Sketch of the medical history of the native army of Bombay, for the year
Year: 1872
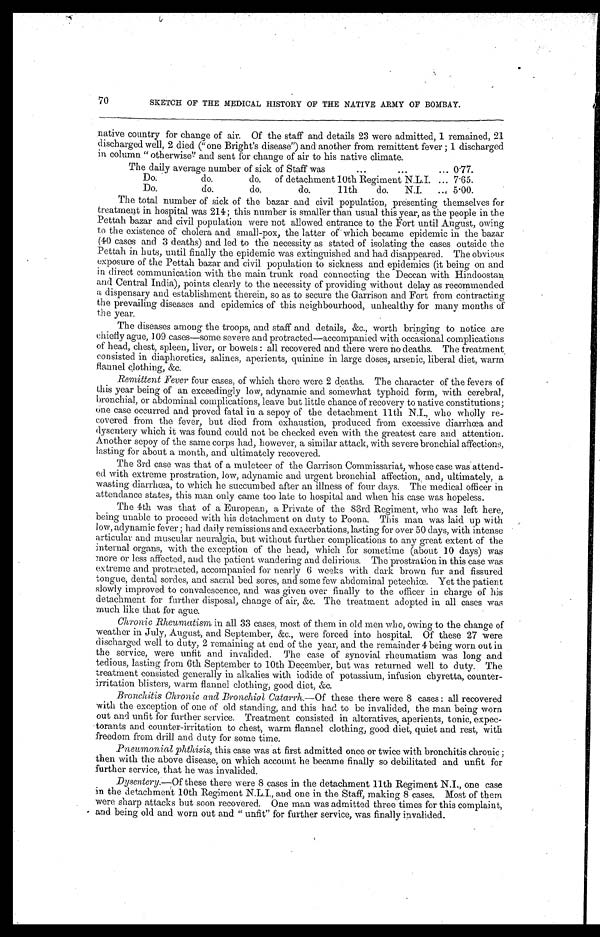
70
SKETCH OF THE MEDICAL HISTORY OF THE NATIVE ARMY OF BOMBAY.
native country for change of air. Of the staff and details 23 were admitted, 1 remained, 21
discharged well, 2 died ("one Bright's disease") and another from remittent fever; 1 discharged
in column "otherwise" and sent for change of air to his native climate.
The daily average number of sick of Staff was
. . .
. . .
... 0.77.
Do.
do. do. of detachment 10th Regiment N.L.I. ... 7.65.
Do.
do.
do.
do.
11th
do. N.I. ... 5.00.
The total number of sick of the bazar and civil population, presenting themselves for
treatment in hospital was 214; this number is smaller than usual this year, as the people in the
Pettah bazar and civil population were not allowed entrance to the Fort until August, owing
to the existence of cholera and small-pox, the latter of which became epidemic in the bazar
(40 cases and 3 deaths) and led to the necessity as stated of isolating the cases outside the
Pettah in huts, until finally the epidemic was extinguished and had disappeared. The obvious
exposure of the Pettah bazar and civil population to sickness and epidemics (it being on and
in direct communication with the main trunk road connecting the Deccan with Hindoostan
and Central India), points clearly to the necessity of providing without delay as recommended
a dispensary and establishment therein, so as to secure the Garrison and Fort from contracting
the prevailing diseases and epidemics of this neighbourhood, unhealthy for many months of
the year.
The diseases among the troops, and staff and details, &c., worth bringing to notice are
chiefly ague, 109 cases—some severe and protracted—accompanied with occasional complications
of head, chest, spleen, liver, or bowels: all recovered and there were no deaths. The treatment,
consisted in diaphoretics, salines, aperients, quinine in large doses, arsenic, liberal diet, warm
flannel clothing, &c.
Remittent Fever four cases, of which there were 2 deaths. The character of the fevers of
t h i s y e a r b e i n g o f a n e x c e e d i n g l y l o w , a d y n a mi c a n d s o me w h a t t y p h o i d f o r m, w i t h c e r e b r a l ,
bronchial, or abdominal complications, leave but little chance of recovery to native constitutions;
one case occurred and proved fatal in a sepoy of the detachment 11th N.I., who wholly re-
covered from the fever, but died from exhaustion, produced from excessive diarrhœa and
dysentery which it was found could not be checked even with the greatest care and attention.
Another sepoy of the same corps had, however, a similar attack, with severe bronchial affections,
lasting for about a month, and ultimately recovered.
The 3rd case was that of a muleteer of the Garrison Commissariat, whose case was attend-
ed with extreme prostration, low, adynamic and urgent bronchial affection, and, ultimately, a
wasting diarrhœa, to which he succumbed after an illness of four days. The medical officer in
attendance states, this man only came too late to hospital and when his case was hopeless.
The 4th was that of a European, a Private of the 83rd Regiment, who was left here,
being unable to proceed with his detachment on duty to Poona. This man was laid up with
low, adynamic fever; had daily remissions and exacerbations, lasting for over 50 days, with intense
articular and muscular neuralgia, but without further complications to any great extent of the
internal organs, with the exception of the head, which for sometime (about 10 days) was
more or less affected, and the patient wandering and delirious. The prostration in this case was
extreme and protracted, accompanied for nearly 6 weeks with dark brown fur and fissured
tongue, dental sordes, and sacral bed sores, and some few abdominal petechiœ. Yet the patient
slowly improved to convalescence, and was given over finally to the officer in charge of his
detachment for further disposal, change of air, &c. The treatment adopted in all cases was
much like that for ague.
Chronic Rheumatism in all 33 cases, most of them in old men who, owing to the change of
weather in July, August, and September, &c., were forced into hospital. Of these 27 were
discharged well to duty, 2 remaining at end of the year, and the remainder 4 being worn out in
the service, were unfit and invalided. The case of synovial rheumatism was long and
tedious, lasting from 6th September to 10th December, but was returned well to duty. The
treatment consisted generally in alkalies with iodide of potassium, infusion chyretta, counter-
irritation blisters, warm flannel clothing, good diet, &c.
Bronchitis Chronic and Bronchial Catarrh. —Of these there were 8 cases: all recovered
with the exception of one of old standing, and this had to be invalided, the man being worn
out and unfit for further service. Treatment consisted in alteratives, aperients, tonic, expec
torants and counter-irritation to chest, warm flannel clothing, good diet, quiet and rest, with
freedom from drill and duty for some time.
Pneumonial phthisis, this case was at first admitted once or twice with bronchitis chronic;
then with the above disease, on which account he became finally so debilitated and unfit for
further service, that he was invalided.
Dysentery.—Of these there were 8 cases in the detachment 11th Regiment N.I., one case
in the detachment 10th Regiment N.L.I., and one in the Staff, making 8 cases. Most of them
were sharp attacks but soon recovered. One man was admitted three times for this complaint,
and being old and worn out and "unfit" for further service, was finally invalided.